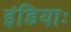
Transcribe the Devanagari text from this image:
इंडियाः